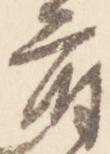
府